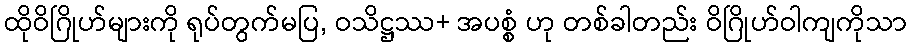
ထိုဝိဂြိုဟ်များကို ရုပ်တွက်မပြ, ဝသိဋ္ဌဿ+ အပစ္စံ ဟု တစ်ခါတည်း ဝိဂြိုဟ်ဝါကျကိုသာ